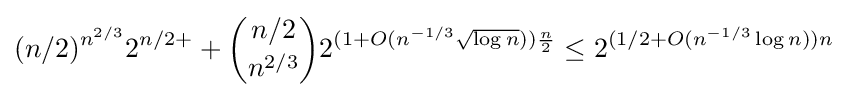
(n/2)^{n^{2/3}}2^{n/2+}+{n/2 \choose n^{2/3}}2^{(1+O(n^{-1/3}{\sqrt {\log n}})){\frac {n}{2}}}\leq 2^{(1/2+O(n^{-1/3}\log n))n}